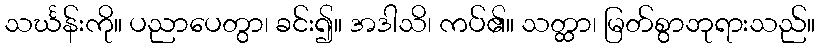
သင်္ဃန်းကို။ ပညာပေတွာ၊ ခင်း၍။ အဒါသိ၊ ကပ်၏။ သတ္ထာ၊ မြတ်စွာဘုရားသည်။